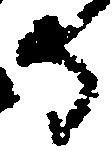
守